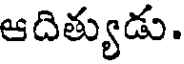
ఆదిత్యుడు.